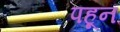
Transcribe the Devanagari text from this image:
पहून